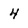
Character: 4